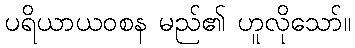
ပရိယာယဝစန မည်၏ ဟူလိုသော်။